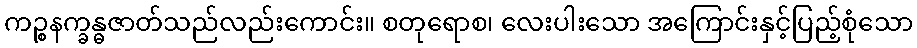
ကဉ္စနက္ခန္ဓဇာတ်သည်လည်းကောင်း။ စတုရောစ၊ လေးပါးသော အကြောင်းနှင့်ပြည့်စုံသော